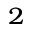
^ { 2 }